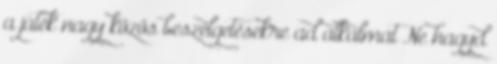
a játék nagy közös beszélgetésekre ad alkalmat Ne hagyd